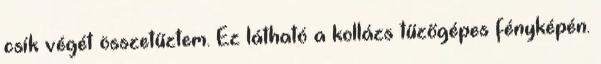
csík végét összetűztem. Ez látható a kollázs tűzőgépes fényképén.